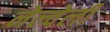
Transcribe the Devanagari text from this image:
नेल्वेली